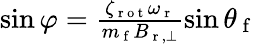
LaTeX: \begin{array}{r}{\sin\varphi=\frac{\zeta_{\mathrm{~r~o~t~}}\omega_{\mathrm{~r~}}}{m_{\mathrm{~f~}}B_{\mathrm{~r~},\perp}}\sin\theta_{\mathrm{~f~}}}\end{array}